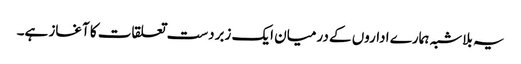
یہ بلاشبہ ہمارے اداروں کے درمیان ایک زبردست تعلقات کا آغاز ہے۔